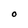
Character: O